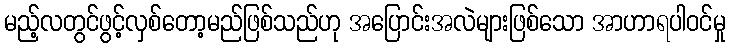
မည့်လတွင်ဖွင့်လှစ်တော့မည်ဖြစ်သည်ဟု အပြောင်းအလဲများဖြစ်သော အာဟာရပါဝင်မှု